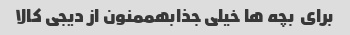
برای  بچه ها خیلی جذابهممنون از دیجی کالا